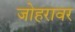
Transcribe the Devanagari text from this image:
जोहरावर